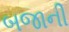
બજાની